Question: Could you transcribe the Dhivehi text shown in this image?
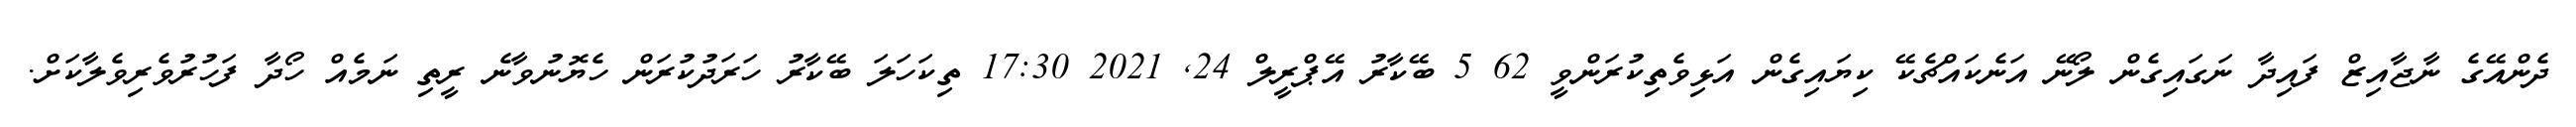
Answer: ދެންއޭގެ ނާޖާއިޒް ފައިދާ ނަގައިގެން ލޯނޭ އަނެކައްޗެކޭ ކިޔައިގެން އަޅިވެތިކުރަންވީ 62 5 ބޭކާރު އޭޕްރީލް 24, 2021 17:30 ތިކަހަލަ ބޭކާރު ހަރަދުކުރަން ހެޔޮނުވާނެ ރީތި ނަމެއް ހޯދާ ފަހުރުވެރިވެލާކަށް.